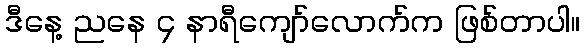
ဒီနေ့ ညနေ ၄ နာရီကျော်လောက်က ဖြစ်တာပါ။